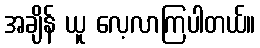
အချိန် ယူ လေ့လာကြပါတယ်။